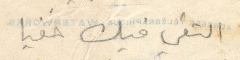
التقي فيك خفيا